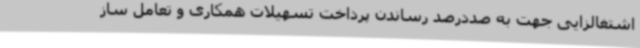
اشتغالزایی جهت به صددرصد رساندن پرداخت تسهیلات همکاری و تعامل ساز